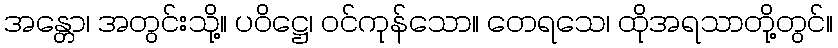
အန္တော၊ အတွင်းသို့။ ပဝိဋ္ဌေ၊ ဝင်ကုန်သော။ တေရသေ၊ ထိုအရသာတို့တွင်။